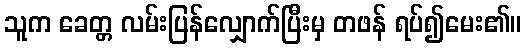
သူက ခေတ္တ လမ်းပြန်လျှောက်ပြီးမှ တဖန် ရပ်၍မေး၏။